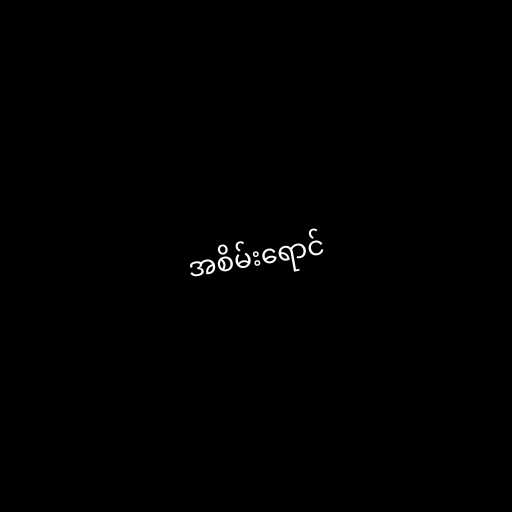
အစိမ်းရောင်